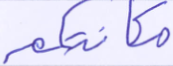
مكانتكم